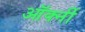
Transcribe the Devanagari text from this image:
ऑर्क्नी